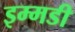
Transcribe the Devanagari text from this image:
इम्मडी